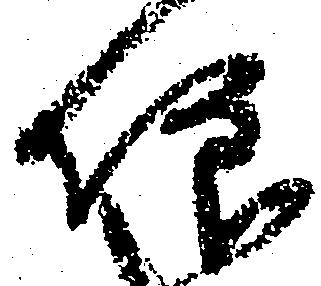
仰